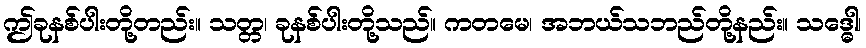
ဤခုနစ်ပါးတို့တည်း။ သတ္တ၊ ခုနစ်ပါးတို့သည်။ ကတမေ၊ အဘယ်သဘည်တို့နည်း။ သဒ္ဓေါ၊